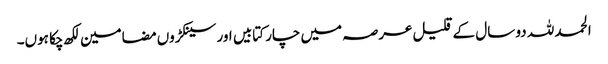
الحمد للہ دو سال کے قلیل عرصہ میں چار کتابیں اور سینکڑوں مضامین لکھ چکا ہوں۔